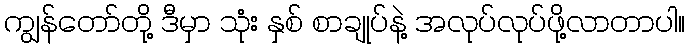
ကျွန်တော်တို့ ဒီမှာ သုံး နှစ် စာချုပ်နဲ့ အလုပ်လုပ်ဖို့လာတာပါ။